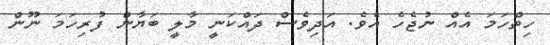
ހިތްހަމަ އެއް ނުޖެހެ އެވެ. އަދިވެސް ދައްކަނީ މާލީ ބަޔާން ފުރިހަމަ ނޫން